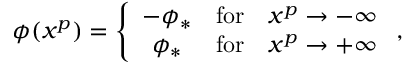
\phi ( x ^ { p } ) = \left\{ \begin{array} { c c c } { { - \phi _ { * } } } & { { \mathrm { f o r } } } & { { x ^ { p } \to - \infty } } \\ { { \phi _ { * } } } & { { \mathrm { f o r } } } & { { x ^ { p } \to + \infty } } \end{array} \right. ,